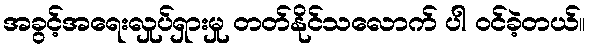
အခွင့်အရေးလှုပ်ရှားမှု တတ်နိုင်သလောက် ပါ ဝင်ခဲ့တယ်။